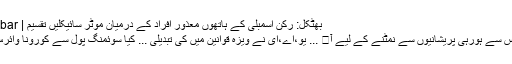
بھٹکل: رکن اسمبلی کے ہاتھوں معذور افراد کے درمیان موٹر سائیکلیں تقسیم | FikroKhabar
کورونا وائرس سے ہورہی پریشانیوں سے نمٹنے کے لیے آ� ... یو،اے،ای نے ویزہ قوانین میں کی تبدیلی ... کیا سوئمنگ پول سے کورونا وائرس پھیلتا ہے؟